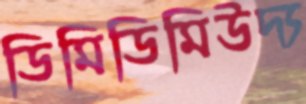
ডিমিডিমিউদ্য